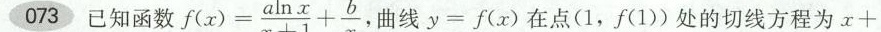
073 已知函数$$f(x) = \frac{a \ln x}{x+1}+ \frac{b}{x}$$ ，曲线y=f(x) 在点(1，f(1))处的切线方程为x+